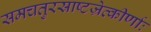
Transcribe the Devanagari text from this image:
समचतुरस्राष्टज्रेत्कीर्णाः